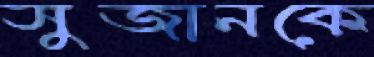
সুজানকে